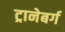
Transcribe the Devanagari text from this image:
ट्रानेबर्ग